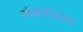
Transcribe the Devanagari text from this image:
संक्रेन्द्रित